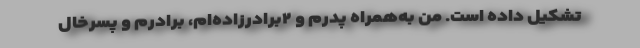
تشکیل داده است. من به‌همراه پدرم و ۲برادرزاده‌ام، برادرم و پسرخال